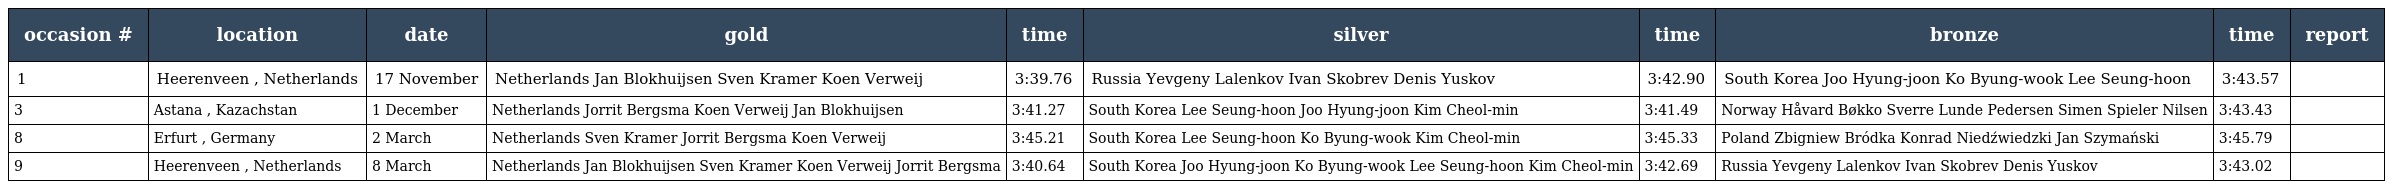
| occasion # | location | date | gold | time | silver | time | bronze | time | report |
 | --- | --- | --- | --- | --- | --- | --- | --- | --- | --- |
 | 1 | Heerenveen , Netherlands | 17 November | Netherlands Jan Blokhuijsen Sven Kramer Koen Verweij | 3:39.76 | Russia Yevgeny Lalenkov Ivan Skobrev Denis Yuskov | 3:42.90 | South Korea Joo Hyung-joon Ko Byung-wook Lee Seung-hoon | 3:43.57 |  |
 | 3 | Astana , Kazachstan | 1 December | Netherlands Jorrit Bergsma Koen Verweij Jan Blokhuijsen | 3:41.27 | South Korea Lee Seung-hoon Joo Hyung-joon Kim Cheol-min | 3:41.49 | Norway Håvard Bøkko Sverre Lunde Pedersen Simen Spieler Nilsen | 3:43.43 |  |
 | 8 | Erfurt , Germany | 2 March | Netherlands Sven Kramer Jorrit Bergsma Koen Verweij | 3:45.21 | South Korea Lee Seung-hoon Ko Byung-wook Kim Cheol-min | 3:45.33 | Poland Zbigniew Bródka Konrad Niedźwiedzki Jan Szymański | 3:45.79 |  |
 | 9 | Heerenveen , Netherlands | 8 March | Netherlands Jan Blokhuijsen Sven Kramer Koen Verweij Jorrit Bergsma | 3:40.64 | South Korea Joo Hyung-joon Ko Byung-wook Lee Seung-hoon Kim Cheol-min | 3:42.69 | Russia Yevgeny Lalenkov Ivan Skobrev Denis Yuskov | 3:43.02 |  |